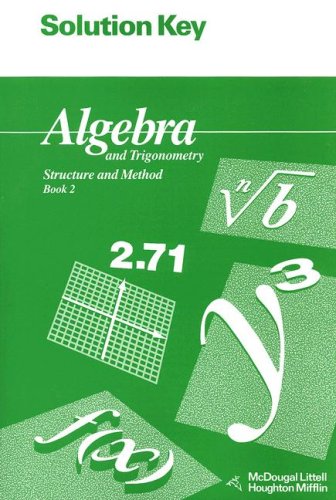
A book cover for Solution Key for Algebra and Trigonometry: Structure and Method: Book 2 (McDougal Littell Structure & Method); MCDOUGAL LITTEL; Science & Math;